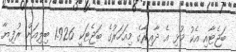
ބަޖެޓާއި އެކު މުޅި އެ ދާއިރާގެ މިއަހަރުގެ ބަޖެޓަކީ 1.926 ބިލިއަން ރުފިޔާ